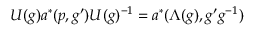
U ( g ) a ^ { * } ( p , g ^ { \prime } ) U ( g ) ^ { - 1 } = a ^ { * } ( \Lambda ( g ) , g ^ { \prime } g ^ { - 1 } )